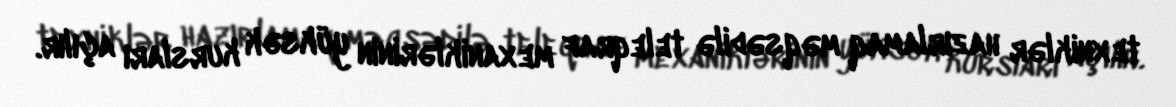
texniklər hazırlamaq məqsədilə teleqraf mexaniklərinin yüksək kursları açılır.